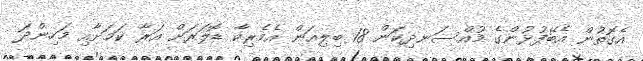
އެގޮތުން އެބޭފުޅުންގެ މުއްސަނދިކަން 18 ބިލިއަން އެމެރިކާ ޑޮލަރަށް އަރާ ކަމަށާއި މަހިންދަ